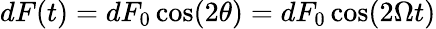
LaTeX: dF(t)=dF_{0}\cos(2\theta)=dF_{0}\cos(2\Omega t)